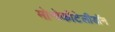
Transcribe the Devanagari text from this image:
मोनोकोटेलीडॉन